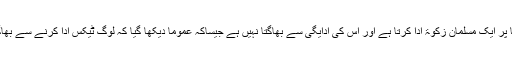
یہی سبب ہے جس کی بنا پر ایک مسلمان زکوٰۃ ادا کرتا ہے اور اس کی ادایگی سے بھاگتا نہیں ہے جیساکہ عموماً دیکھا گیا کہ لوگ ٹیکس ادا کرنے سے بھاگتے اور جی چراتے ہیں۔